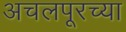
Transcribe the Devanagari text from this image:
अचलपूरच्या